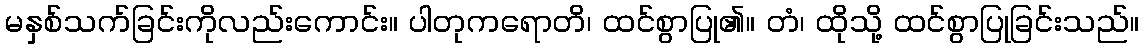
မနှစ်သက်ခြင်းကိုလည်းကောင်း။ ပါတုကရောတိ၊ ထင်စွာပြု၏။ တံ၊ ထိုသို့ ထင်စွာပြုခြင်းသည်။